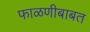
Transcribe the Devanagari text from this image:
फाळणीबाबत